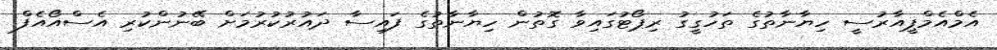
އެމްއެމްޕީއާރުސީ ހިޔާނާތުގެ ތަހުގީގު ރިޕޯޓުގައިވާ ގޮތުން ހިޔާނާތުގެ ފައިސާ ދައުރުކުރުމަށް ބޭނުންކުރި އެސްއޯއެފް